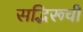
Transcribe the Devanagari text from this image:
सद्भिरूची